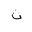
Letter: _tha